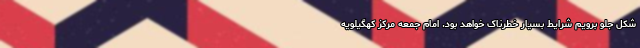
شکل جلو برویم شرایط بسیار خطرناک خواهد بود. امام جمعه مرکز کهگیلویه